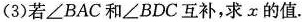
（3）若\angle BAC和\angle BDC互补，求x的值